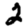
Digit: 2